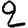
Digit: 2